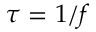
\tau = 1 / f